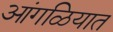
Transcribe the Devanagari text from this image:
आंगळियात